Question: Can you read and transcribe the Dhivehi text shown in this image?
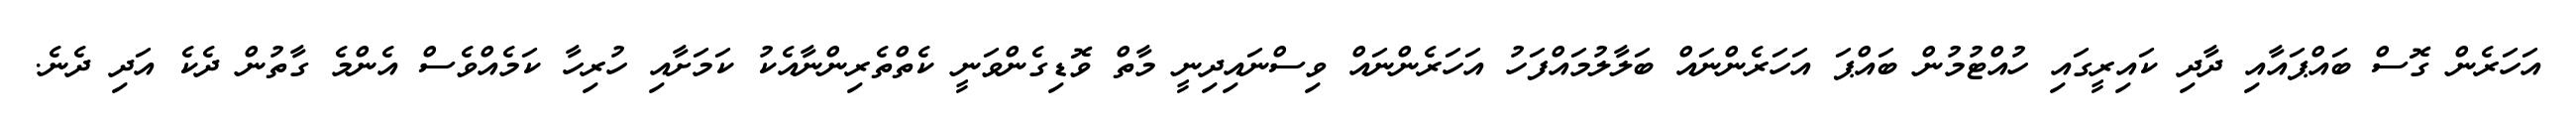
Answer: އަހަރެން ގޮސް ބައްޕައާއި ދާދި ކައިރީގައި ހުއްޓުމުން ބައްޕަ އަހަރެންނައް ބަލާލުމައްފަހު އަހަރެންނައް ވިސްނައިދިނީ މާތް ވޮޑިގެންވަނީ ކެތްތެރިންނާއެކު ކަމަށާއި ހުރިހާ ކަމެއްވެސް އެންމެ ގާތުން ދެކެ އަދި ދެނެ.